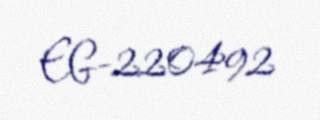
EG-220492